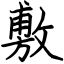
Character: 敷